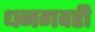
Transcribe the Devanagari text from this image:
धनगवरी